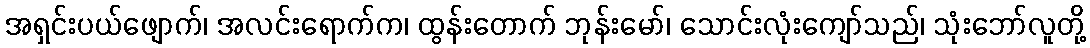
အရှင်းပယ်ဖျောက်၊ အလင်းရောက်က၊ ထွန်းတောက် ဘုန်းမော်၊ သောင်းလုံးကျော်သည်၊ သုံးဘော်လူတို့